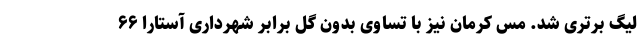
لیگ برتری شد. مس کرمان نیز با تساوی بدون گل برابر شهرداری آستارا ۶۶